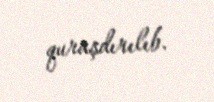
quraşdırılıb.